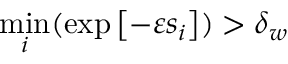
\underset { i } { \operatorname* { m i n } } ( \exp \left[ - \varepsilon s _ { i } \right] ) > \delta _ { w }